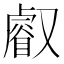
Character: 𠮉